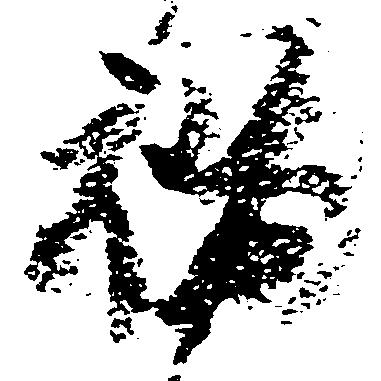
福